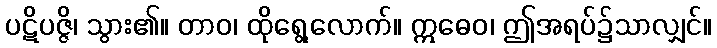
ပဋိပဇ္ဇိ၊ သွား၏။ တာဝ၊ ထိုရွေ့လောက်။ ဣဓေဝ၊ ဤအရပ်၌သာလျှင်။